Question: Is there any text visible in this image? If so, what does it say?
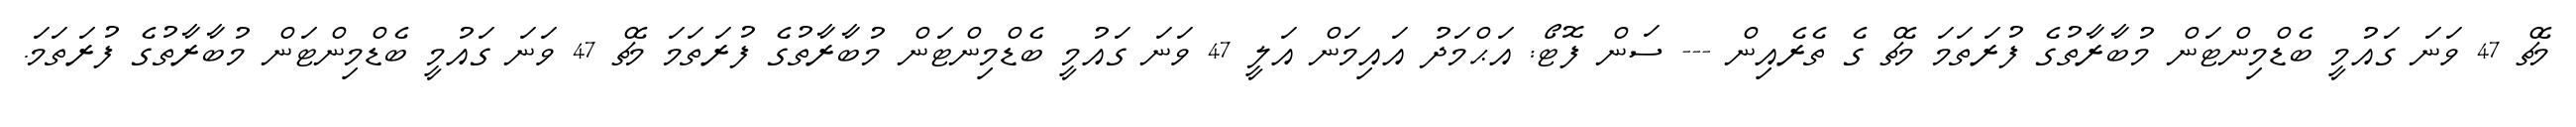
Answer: މެޗް 47 ވަނަ ގައުމީ ބެޑްމިންޓަން މުބާރާތުގެ ފުރަތަމަ މެޗް ގެ ތެރެއިން --- ސަން ފޮޓޯ: އަޙްމަދު އައިމަން އަލީ 47 ވަނަ ގައުމީ ބެޑްމިންޓަން މުބާރާތުގެ ފުރަތަމަ މެޗް 47 ވަނަ ގައުމީ ބެޑްމިންޓަން މުބާރާތުގެ ފުރަތަމަ.